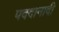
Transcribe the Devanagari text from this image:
पददानादी